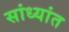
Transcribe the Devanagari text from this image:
सांध्यांत